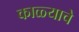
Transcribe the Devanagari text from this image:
काळ्याचे